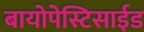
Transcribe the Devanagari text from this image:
बायोपेस्टिसाईड